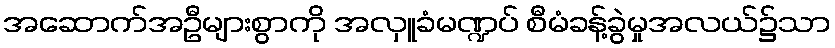
အဆောက်အဦများစွာကို အလှူခံမဏ္ဍပ် စီမံခန့်ခွဲမှုအလယ်၌သာ